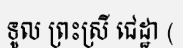
ទូល ព្រះស្រី ជេដ្ឋា (